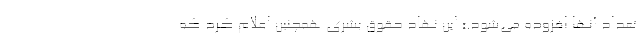
تعداد آنها افزوده می‌شود.» این نهاد حقوق بشری همچنین اعلام کرد که